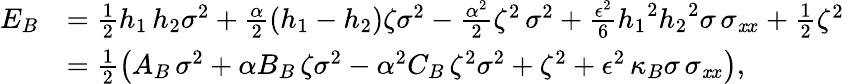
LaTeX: \begin{array}{rl}{{E}_{B}}&{=\frac 12{h_{1}\, h_{2}}{\sigma}^{2}+\frac{\alpha}{2}(h_{1}-h_{2})\zeta{\sigma}^{2}-\frac{\alpha^{2}}2{\zeta}^{2}\, {\sigma}^{2}+\frac{\epsilon^{2}}6{h_{1}}^{2}{h_{{2}}}^{2}\sigma\, \sigma_{{{\mathit xx}}}+\frac 12{\zeta}^{2}\, }\\ &{=\frac 12\left(A_{B}\, {\sigma}^{2}+\alpha B_{B}\, \zeta{\sigma}^{2}-\alpha^{2}C_{B}\, {\zeta}^{2}{\sigma}^{2}+{\zeta}^{2}+\epsilon^{2}\, \kappa_{B}\sigma\, \sigma_{{{\mathit xx}}}\right),}\end{array}